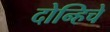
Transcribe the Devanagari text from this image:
दोन्हिचे